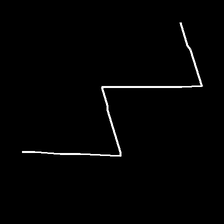
Glyph: crush